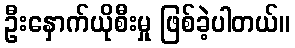
ဦးနှောက်ယိုစီးမှု ဖြစ်ခဲ့ပါတယ်။